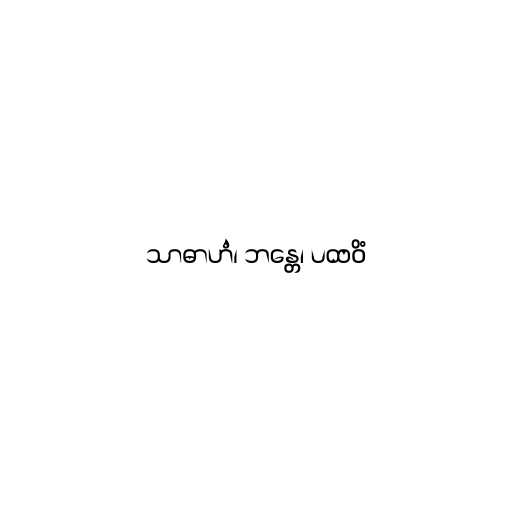
သာဓာဟံ၊ ဘန္တေ၊ ပထဝိံ